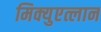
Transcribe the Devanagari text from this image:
मिक्युएत्लान